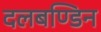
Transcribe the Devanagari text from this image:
दलबण्डिन